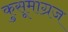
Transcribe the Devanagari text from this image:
कुसूमाग्रज